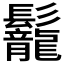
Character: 𩰀